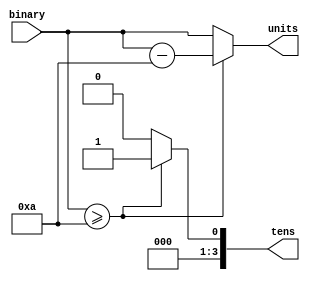
`timescale 1ns / 1ps
//////////////////////////////////////////////////////////////////////////////////
// Company: 
// Engineer: 
// 
// Design Name: 
// Module Name: BCD
// Project Name: 
// Target Devices: 
// Tool Versions: 
// Description: 
// 
// Dependencies: 
// 
// Revision:
// Revision 0.01 - File Created
// Additional Comments:
// 
//////////////////////////////////////////////////////////////////////////////////


module BCD(input [3:0] binary,
           output reg [3:0]tens,         // tens place (0 or 1)
           output reg [3:0] units); 
           
           initial begin tens = 0;     
           units = 0; end// units place (0 to 9)

    always @(*) begin
        if (binary >= 4'b1010) begin     //binary >= 10
            tens <= 4'b0001;             // binary numbers 10-15 --> tens digit is 1
            units <= binary - 4'b1010;   // Units digit --> subtract 10
        end else begin                   // if binary < 10
            tens = 4'b0000;              // binary numbers 0-9 --> tens digit is 0
            units <= binary;             // Units digit is the same as the binary input
        end
    end

endmodule